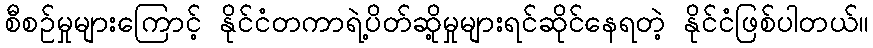
စီစဉ်မှုများကြောင့် နိုင်ငံတကာရဲ့ပိတ်ဆို့မှုများရင်ဆိုင်နေရတဲ့ နိုင်ငံဖြစ်ပါတယ်။